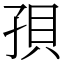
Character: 孭